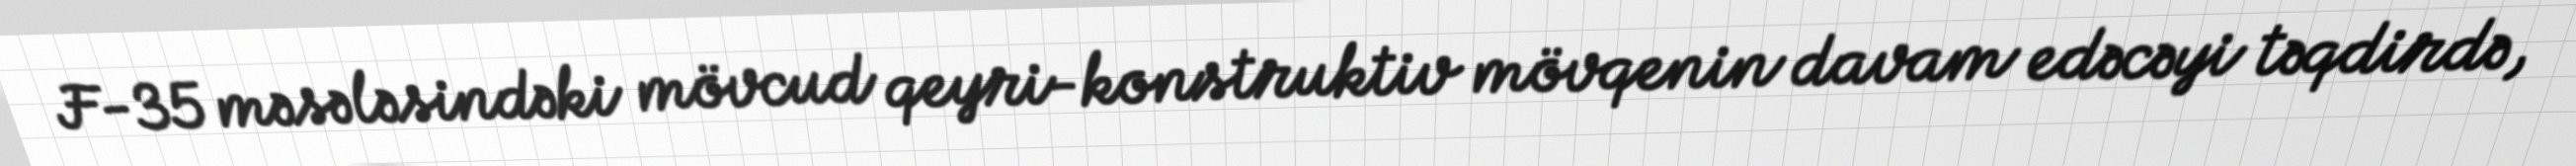
F-35 məsələsindəki mövcud qeyri-konstruktiv mövqenin davam edəcəyi təqdirdə,